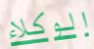
الوكلاء